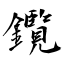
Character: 鑬